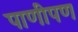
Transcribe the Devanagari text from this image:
पाणीपण